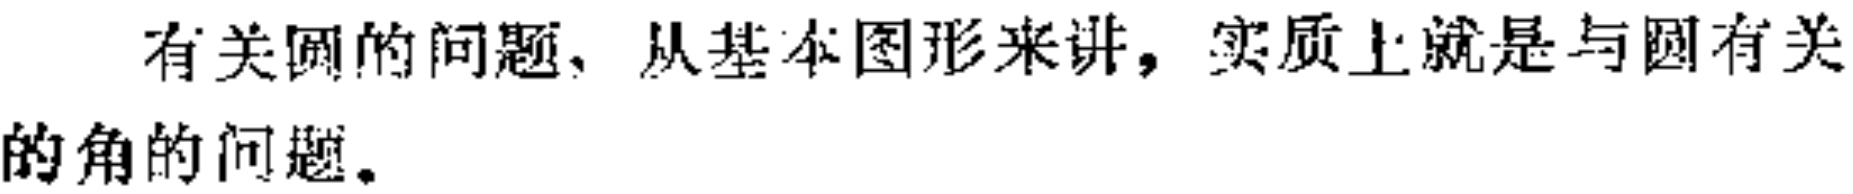
有关圆的问题，从基本图形来讲，实质上就是与圆有关的角的问题。